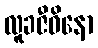
လူခဇီဝိနော